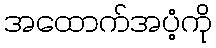
အထောက်အပံ့ကို